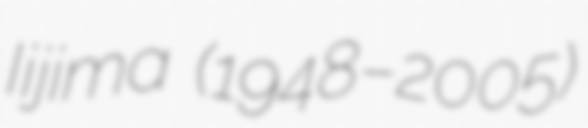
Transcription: Iijima (1948–2005)